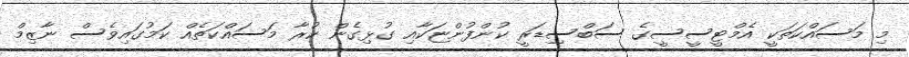
މި މަސައްކަތަކީ އެމްޓީސީސީގެ ސަބްސިިޑަރީ ކުންފުންޏަކާއި ގުޅިގެން ކުރާ މަސައްކަތެއް ކަމުގައިވެސް ނާޒިމް